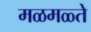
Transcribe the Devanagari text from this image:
मळमळ्ते